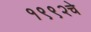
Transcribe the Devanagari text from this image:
१९९२चे